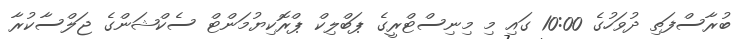
ބުރާސްފަތި ދުވަހުގެ 10:00 ގައި މި މިނިސްޓްރީގެ ޕަބްލިކް ޕްރޮކިޔުމަންޓް ސެކްޝަންގެ ޖަލްސާކުރާ